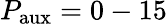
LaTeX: P_{\mathrm{aux}}=0-15